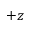
+ z